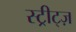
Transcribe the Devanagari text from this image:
स्ट्रीट्ज़